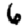
Digit: 6